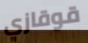
قوقازي